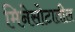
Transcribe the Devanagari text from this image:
मिनेसोटातील